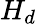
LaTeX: H_{d}